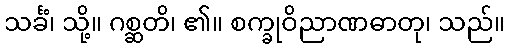
သင်္ခံ၊ သို့။ ဂစ္ဆတိ၊ ၏။ စက္ခုဝိညာဏဓာတု၊ သည်။